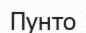
Пунто